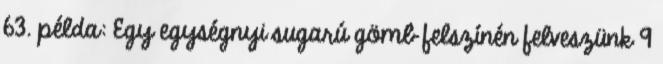
63. példa: Egy egységnyi sugarú gömb felszínén felveszünk 9